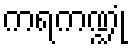
ကရကဏ္ဍုံ